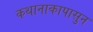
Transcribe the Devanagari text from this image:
कथानाकापासुन